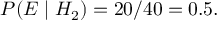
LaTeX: P ( E \mid H _ { 2 } ) = 2 0 / 4 0 = 0 . 5 .